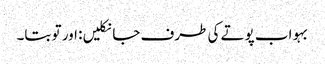
بہو اب پوتے کی طرف جا نکلیں: اور تو بتا۔